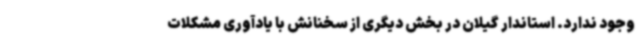
وجود ندارد. استاندار گیلان در بخش دیگری از سخنانش با یادآوری مشکلات